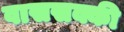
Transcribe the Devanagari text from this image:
वाससक्की